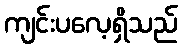
ကျင်းပလေ့ရှိသည်